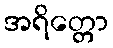
အရိတ္တော